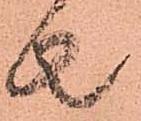
者